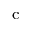
_ { \textmd c }